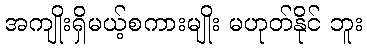
အကျိုးရှိမယ့်စကားမျိုး မဟုတ်နိုင် ဘူး